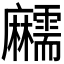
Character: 𪎱